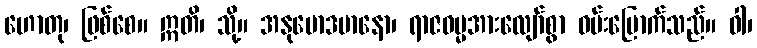
ဟောတု၊ ဖြစ်စေ။ ဣတိ၊ သို့။ အနုမောဒမာနော၊ ရာဇဓမ္မအားလျော်စွာ ဝမ်းမြောက်သည်။ ဝါ၊